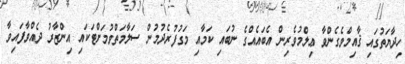
ހިދާޔަތުގައި ޤާއިމްވެގެންވާ ޢިލްމުވެރިން އެބައެއްގެ ނުބައި ކަމާއި މަގުފުރެދުމުން ސަލާމަތްވުމަށްޓަކައި އިންޒާރު ދެއްވާފައިވާ